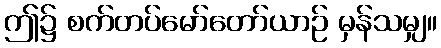
ဤ၌ စက်တပ်မော်တော်ယာဉ် မှန်သမျှ။